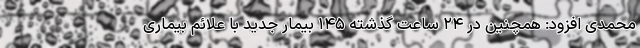
محمدی افزود: همچنین در ۲۴ ساعت گذشته ۱۴۵ بیمار جدید با علائم بیماری